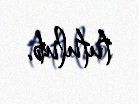
tutulub.